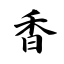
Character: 香